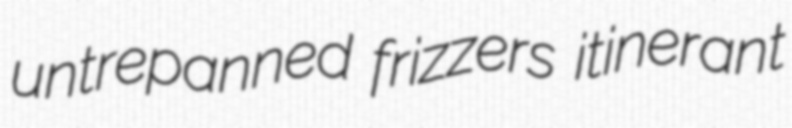
untrepanned frizzers itinerant